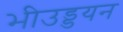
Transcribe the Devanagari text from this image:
भीउड्डयन